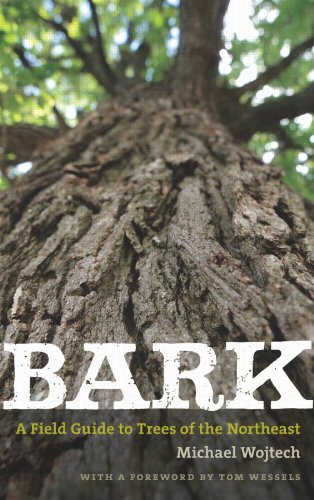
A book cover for Bark: A Field Guide to Trees of the Northeast; Michael Wojtech; Science & Math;